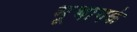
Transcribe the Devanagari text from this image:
भूभागके